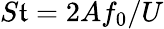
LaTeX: S\mathfrak{t}=2Af_{0}/U